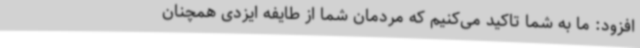
افزود: ما به شما تاکید می‌کنیم که مردمان شما از طایفه ایزدی‌ همچنان